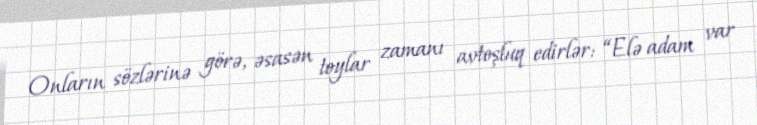
Onların sözlərinə görə, əsasən toylar zamanı avtoşluq edirlər: “Elə adam var